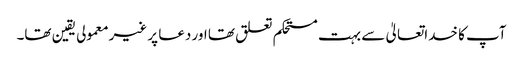
آپ کا خداتعالیٰ سے بہت مستحکم تعلق تھا اور دعا پر غیرمعمولی یقین تھا۔